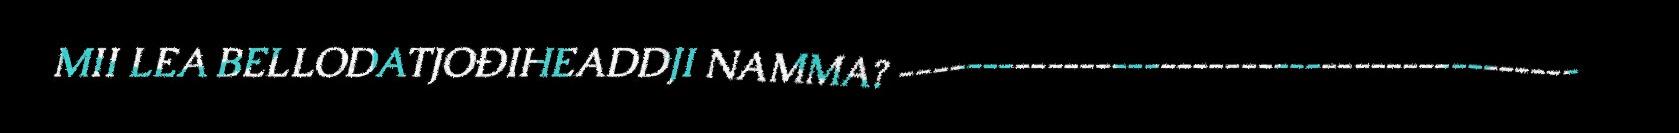
MII LEA BELLODATJOĐIHEADDJI NAMMA? ‐‐‐‐‐‐‐‐‐‐‐‐‐‐‐‐‐‐‐‐‐‐‐‐‐‐‐‐‐‐‐‐‐‐‐‐‐‐‐‐‐‐